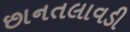
છાનતલાવડી